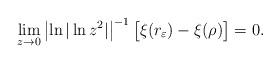
LaTeX: \begin{align*} \lim_{z \to 0} \left| \ln |\ln z^2 |\right|^{-1} \bigl[ \xi(r_\varepsilon ) - \xi(\rho ) \bigr] = 0. \end{align*}